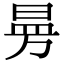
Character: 𭦗